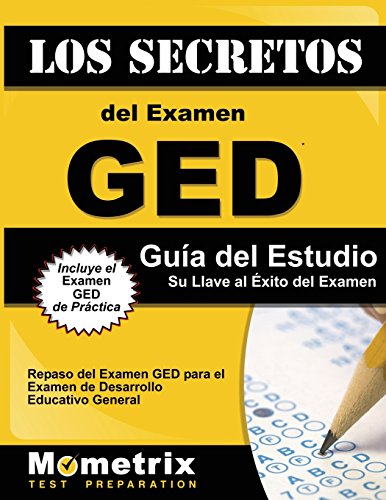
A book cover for Los Secretos del Examen GED GuÃ­a del Estudio: Repaso del Examen GED para el Pruebas de Desarrollo Educativo General (Spanish Edition); GED Exam Secrets Test Prep Team; Test Preparation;